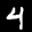
Label: 4